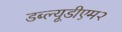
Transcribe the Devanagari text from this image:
डब्ल्यूडीएम२